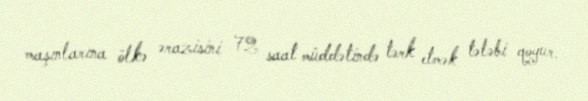
maşınlarına ölkə ərazisini 72 saat müddətində tərk etmək tələbi qoyur.